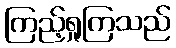
ကြည့်ရှုကြသည်